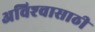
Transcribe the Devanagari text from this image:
अविश्‍वासाठी